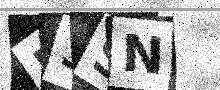
Text: B3SN